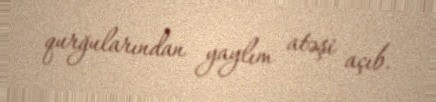
qurğularından yaylım atəşi açıb.